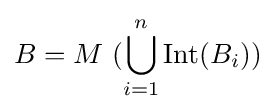
B=M\ (\bigcup _{i=1}^{n}\operatorname {Int} (B_{i}))